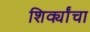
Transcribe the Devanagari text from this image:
शिर्क्यांचा